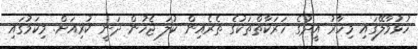
ހުޅުމާލޭގައި މިހާރު އީދުގެ ހަރަކާތްތަކުގެ ތެރެއިން ކުލަ ޖެހުން ދަނީ ކުރިއަށް. މިކަމުގައި